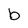
Character: b